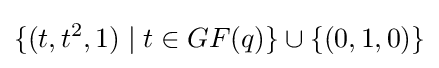
\{(t,t^{2},1)\mid t\in GF(q)\}\cup \{(0,1,0)\}